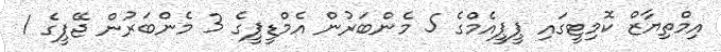
އިމްތިޔާޒް ކޮމިޓީގައި ޕީޕީއެމްގެ 5 މެންބަރުން އެމްޑީޕީގެ 3 މެންބަރުން ޖޭޕީގެ 1